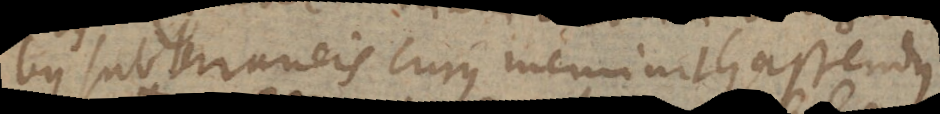
bus subterraneis cujus meminit Gassendus